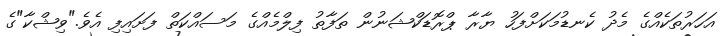
އަހަރުތަކެއްގެ މެދު ކެނޑުމަކަށްފަހު ޔާރާ ޕްރޮޑަކްޝަނުން ތަފާތު ފިލްމެއްގެ މަސައްކަތް ފަށައިފި އެވެ."ވިޝްކާ"ގެ